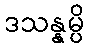
ဒသန္နမ္ပိ